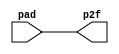
//
//--------------------------------------------------------------------------------
//          THIS FILE WAS AUTOMATICALLY GENERATED BY THE GENESIS2 ENGINE        
//  FOR MORE INFORMATION: OFER SHACHAM (CHIP GENESIS INC / STANFORD VLSI GROUP)
//    !! THIS VERSION OF GENESIS2 IS NOT FOR ANY COMMERCIAL USE !!
//     FOR COMMERCIAL LICENSE CONTACT SHACHAM@ALUMNI.STANFORD.EDU
//--------------------------------------------------------------------------------
//
//  
//	-----------------------------------------------
//	|            Genesis Release Info             |
//	|  $Change: 11904 $ --- $Date: 2013/08/03 $   |
//	-----------------------------------------------
//	
//
//  Source file: /Users/akashlevy/OneDrive - Levylab/Documents/Research/Hybrid-RRAM-NEMS/cgra/jade/pad_ring/fixed_io.vp
//  Source template: fixed_io
//
// --------------- Begin Pre-Generation Parameters Status Report ---------------
//
//	From 'generate' statement (priority=5):
// Parameter is_input 	= 1
//
//		---- ---- ---- ---- ---- ---- ---- ---- ---- ---- ----
//
//	From Command Line input (priority=4):
//
//		---- ---- ---- ---- ---- ---- ---- ---- ---- ---- ----
//
//	From XML input (priority=3):
//
//		---- ---- ---- ---- ---- ---- ---- ---- ---- ---- ----
//
//	From Config File input (priority=2):
//
// ---------------- End Pre-Generation Pramameters Status Report ----------------

// is_input (_GENESIS2_INHERITANCE_PRIORITY_) = 1
//


module fixed_io_unq1 (
input pad,
output p2f
);

  assign p2f = pad;


endmodule